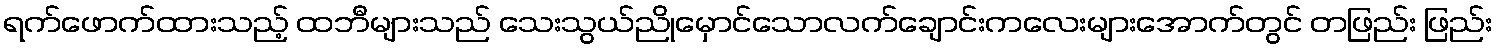
ရက်ဖောက်ထားသည့် ထဘီများသည် သေးသွယ်ညိုမှောင်သောလက်ချောင်းကလေးများအောက်တွင် တဖြည်း ဖြည်း